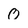
Character: 0